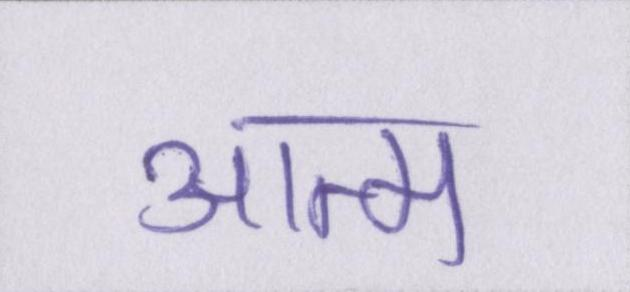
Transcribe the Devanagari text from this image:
आत्म